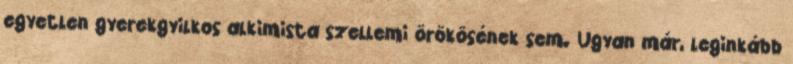
egyetlen gyerekgyilkos alkimista szellemi örökösének sem. Ugyan már, leginkább